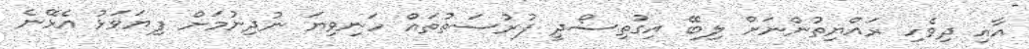
އާއި ދިވެހި ރައްޔިތުންނަށް ލިބޭ އިގުތިސޯދީ ފުރުސަތުތައް ހަނިވިޔަ ނުދިނުމަށް ފިޔަވަޅު އެޅޭނެ